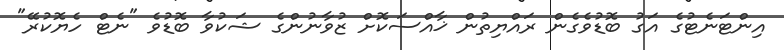
އިންޓަނެޓުގެ އަގު ބޮޑުވެގެން ރައްޔިތުން ޚާއްސަކޮށް ޒުވާނުންގެ ޝަކުވާ ބޮޑުވެ "ނެޓް ހެޔޮކުރޭ"